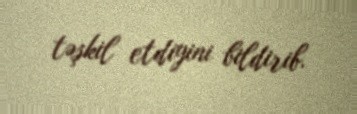
təşkil etdiyini bildirib.